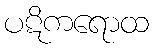
ပဋိကရောထ